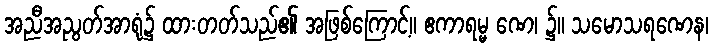
အညီအညွတ်အာရုံ၌ ထားတတ်သည်၏ အဖြစ်ကြောင့်။ ဧကာရမ္မ ဏေ၊ ၌။ သမောသရဏေန၊